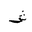
Letter: _shin